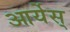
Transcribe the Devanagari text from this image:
आर्येस्